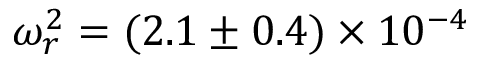
\omega _ { r } ^ { 2 } = ( 2 . 1 \pm 0 . 4 ) \times 1 0 ^ { - 4 }